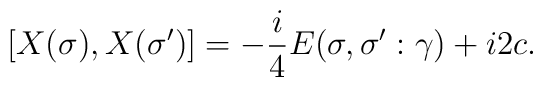
[X(\sigma),X(\sigma')]=-\frac{i}{4}E(\sigma,\sigma':\gamma)+i2c.